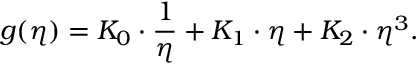
g ( \eta ) = K _ { 0 } \cdot \frac { 1 } { \eta } + K _ { 1 } \cdot \eta + K _ { 2 } \cdot \eta ^ { 3 } .